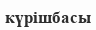
күрішбасы